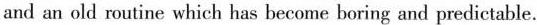
and an old routine which has become boring and predictable.